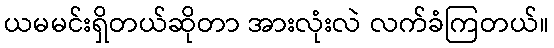
ယမမင်းရှိတယ်ဆိုတာ အားလုံးလဲ လက်ခံကြတယ်။